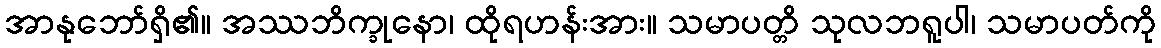
အာနုဘော်ရှိ၏။ အဿဘိက္ခုနော၊ ထိုရဟန်းအား။ သမာပတ္တိ သုလဘရူပါ၊ သမာပတ်ကို